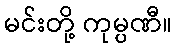
မင်းတို့ ကုမ္ပဏီ။